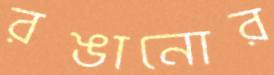
রঙানোর